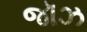
જૉઝ